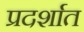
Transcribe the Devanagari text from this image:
प्रदर्शात